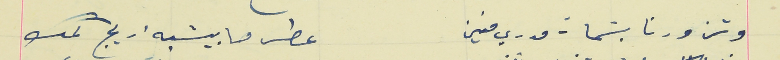
وتزورنا بسَمات مدري منين                                      عطر ما بيشبه اريج كمك